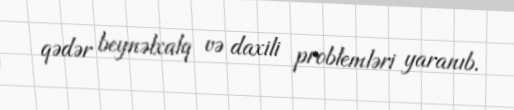
qədər beynəlxalq və daxili problemləri yaranıb.